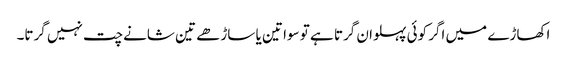
اکھاڑے میں اگر کوئی پہلوان گرتا ہے تو سوا تین یا ساڑھے تین شانے چت نہیں گرتا۔